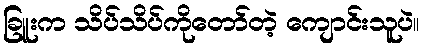
ခြူးက သိပ်သိပ်ကိုတော်တဲ့ ကျောင်းသူပဲ။